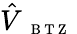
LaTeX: \hat{V}_{\mathrm{~{~\scriptsize~B~T~Z~}~}}